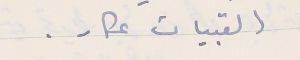
القبيات عكار .